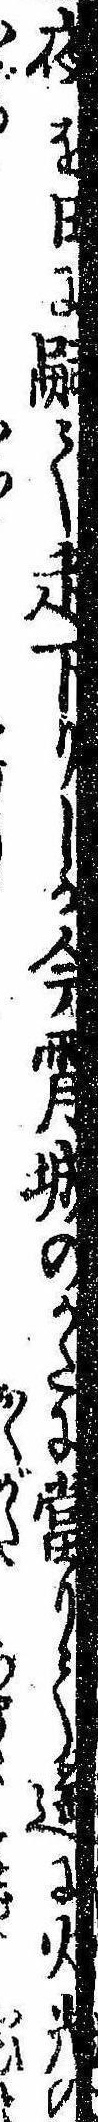
夜を日に嗣て走下りしが今宵城のかたに当りて遥に火光の